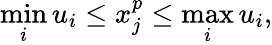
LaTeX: \operatorname*{min}_{i}u_{i}\leq x_{j}^{p}\leq\operatorname*{max}_{i}u_{i},